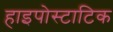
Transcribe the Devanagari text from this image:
हाइपोस्टाटिक